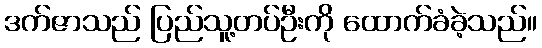
ဒက်ဇာသည် ပြည်သူ့တပ်ဦးကို ထောက်ခံခဲ့သည်။